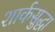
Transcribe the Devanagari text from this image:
शार्कसुद्धा